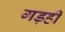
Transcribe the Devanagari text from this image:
गड़ही